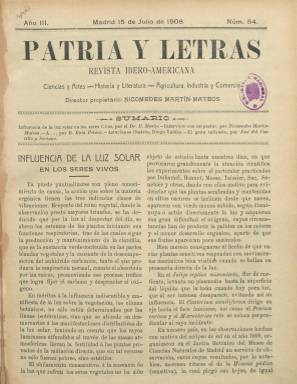
Título: Patria y letras
Colección: Cultura
Ámbito geográfico: Madrid
Lugar de publicación: Madrid
Fechas: 15/07/1908-31/01/1910

El primer número de este título en la colección de la Biblioteca Nacional de España (BNE) es el 54, correspondiente a su tercer año de edición y de fecha 15 de julio de 1908, por lo que debió iniciar su publicación, probablemente, el quince de septiembre de 1906. Lleva el subtítulo de “revista ibero-americana” y las indicaciones de sus principales contenidos bajo su cabecera: “ciencias y artes; historia y literatura; agricultura, industria y comercio”, por lo que la amplitud de sus materias, con la intención de abarcar todo asunto de carácter “cultural”, es un claro ejemplo de que todo texto de interés cabía en sus páginas, incluidos los asuntos técnicos o de temática internacional, o los de creación literaria –tanto en prosa como en verso–, además de insertar numerosos fotograbados, tanto de Ponferrada, como de riquezas arquitectónicas de otras ciudades españolas, como Ávila o Salamanca, entre otras.

También indica el nombre de su director-propietario: Nicomedes Martín-Mateos García, nieto del filósofo bejarano del mismo nombre: Nicomedes Martín-Mateos Pozo (1806-1890). En la ciudad salmantina de Béjar, previamente había sido publicada una revista con igual título: Patria y letras (1902-1903), dirigida por el republicano y anarquista José María Blázquez de Pedro (1875-1927).

Pero la revista que ahora edita Martín-Mateos está datada en Madrid, en cuya ciudad debía estar viviendo en esa época y en donde residencia su redacción, aunque aparece estampado, en concreto, el citado número 54, en la vallisoletana Imprenta, Librería y Encuadernación de J. Montero, y los siguientes en la leonesa Tipografía de Mariano Marzo, excepto los números 89 y 90, de enero de 1910, que lo serán en la salmantina Imprenta de Calatrava, a cargo de Manuel P. Criado; que, por otra parte, son los dos últimos en la colección en la BNE, colección esta que no está completa en el periodo señalado, además de desconocerse si siguió publicándose tras aparecer el citado número 90, correspondiente al 15 de enero de ese año 1910, en su quinto año de edición.

Su periodicidad fue quincenal, apareciendo los días 1 y 15 de cada mes, en entregas de dieciséis páginas, algunas de ellas llevarán cubierta o serán estampadas en papel cuché. Su composición es a dos columnas y tiene paginación continuada anual. Sustituirá su subtítulo por el lema latino: “populus sapiens gens magna”. Contó con un nutrido número de colaboradores, entre los que se encuentra Mario Roso de Luna (1872-1931), teósofo y abogado con el que Martín-Mateos –como antes su abuelo– mantenía una estrecha relación de la que se conoce parte de un epistolario. El propio Martín-Mateos también será autor de numerosos textos publicados en la revista. La primera entrega de la colección de la BNE incluye Ensayo de una topografía médica del Partido Judicial de Arenas de San Pedro (Ávila), escrita por médicos titulares del mismo y bajo la dirección de Germán Pineda, impresa en el establecimiento citado de J. Montero, que también va acompañado de fotograbados.

Cada entrega comienza con un sumario. Juan Eloy Díaz Jiménez escribirá unos recuerdos de León y un estudio sobre la inmigración mozárabe en este reino; el exdiputado Juan M. García Flores, textos sobre la Torre de los Lujanes o la Biblioteca del Real Monasterio de San Lorenzo del Escorial; Severo Gómez Núñez, sobre Ponferrada; El Vizconde de la Nantes, sobre el origen de la Universidad de Salamanca o el Monasterio de Piedra; Pedro Barrantes escribirá sobre Hegel; aparece también una serie de Recuerdos del tiempo viejo, por José Zorrilla, otra sobre asturianos ilustres y una poesía inédita de Clarín, y dedicará prácticamente una entrega a José María Gabriel y Galán.

El secretario de redacción de la revista es Alfredo Juderías, que también forma parte de la nutrida nómina de colaboradores. Además de los citados, publican en sus páginas B. Ruiz Peláez, José del Castillo y Soriano, Arturo Pérez Roca, Salvador Golpe, José Nogales, Joaquín Olmedilla y Puig, Nicasio Álvarez, José Velarde, Honorato García Luengo, Manuel P. Abela, J. Martínez Albacete, Carlos Coello, Pablo Nogués, Eduardo Castañer, P. Conrado Muinos Sáenz, Benito Blanco y Fernández, Arturo Núñez García, Lorenzo Niño y Viñas, Cándido Próspero y Cámara, Felipe Fernández del Campo, Silvestre Losada Carracedo, Vicente Vera, Gonzalo Espeso, Juan Manuel B. de Quirós, Víctor Mulas, Fernando Blanco, José del Solar, Félix Antigüedad, Eloy Bejarano, Miguel de Liñán y Eguizabal o Santiago Navarro Sanchís, así como María de Cuevas y Asunción Valdés.

Otras firmas de sus variados textos son las del obrero Lucio Martínez Gil, O. Cuartero, Guillermo Rittwagen, J. Togherin, Marcel Vacher; las de los doctores E. Masip, Soelam y Larra y Cerezo, así como las de El Conde de Doña-Marina y El Marqués de Torres Cabrera. Otros textos están rubricados con iniciales.